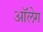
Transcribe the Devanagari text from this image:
आॅलेग